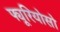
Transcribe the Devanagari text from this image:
फ्यूरियोसो